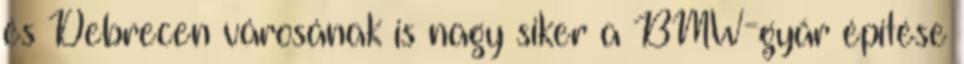
és Debrecen városának is nagy siker a BMW-gyár építése